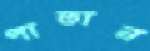
পাতান